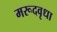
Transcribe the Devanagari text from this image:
मरूदवृधा